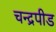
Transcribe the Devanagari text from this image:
चन्द्रपीड